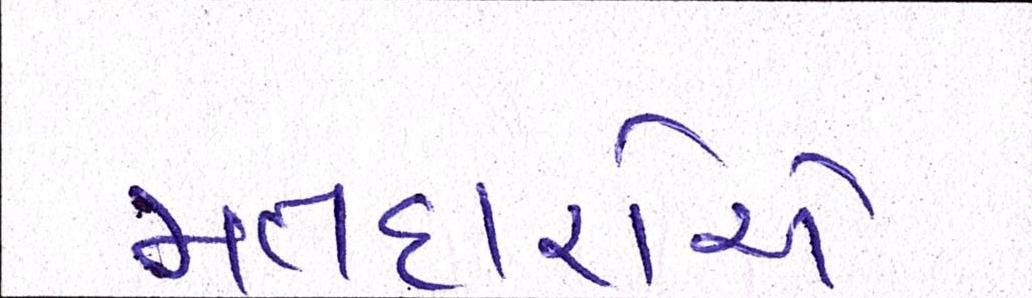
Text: મતદારોએ